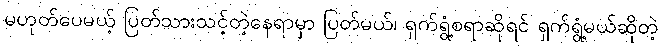
မဟုတ်ပေမယ့် ပြတ်သားသင့်တဲ့နေရာမှာ ပြတ်မယ်၊ ရှက်ရွံ့စရာဆိုရင် ရှက်ရွံ့မယ်ဆိုတဲ့